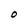
Character: O